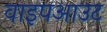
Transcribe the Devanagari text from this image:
वाइपआउट